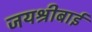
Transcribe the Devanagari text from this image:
जयश्रीबाई